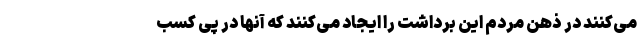
می‌کنند در ذهن مردم این برداشت را ایجاد می‌کنند که آنها در پی کسب